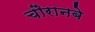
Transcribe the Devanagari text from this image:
चौरानबे